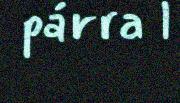
párra l